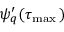
\psi _ { q } ^ { \prime } ( \tau _ { \operatorname* { m a x } { } } )